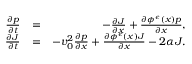
\begin{array} { r l r } { \frac { \partial p } { \partial t } } & { = } & { - \frac { \partial J } { \partial x } + \frac { \partial \phi ^ { \epsilon } ( x ) p } { \partial x } , } \\ { \frac { \partial J } { \partial t } } & { = } & { - v _ { 0 } ^ { 2 } \frac { \partial p } { \partial x } + \frac { \partial \phi ^ { \epsilon } ( x ) J } { \partial x } - 2 \alpha J . } \end{array}